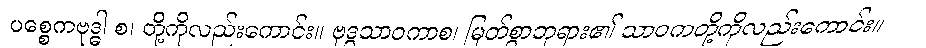
ပစ္စေကဗုဒ္ဓါ စ၊ တို့ကိုလည်းကောင်း။ ဗုဒ္ဓသာဝကာစ၊ မြတ်စွာဘုရား၏ သာဝကတို့ကိုလည်းကောင်း။